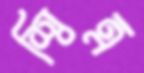
শ্বিত্র